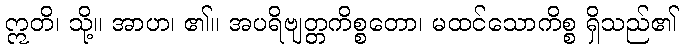
ဣတိ၊ သို့။ အာဟ၊ ၏။ အပရိဗျတ္တကိစ္စတော၊ မထင်သောကိစ္စ ရှိသည်၏